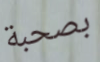
بصحبة